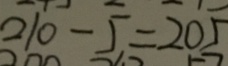
2 1 0 - 5 = 2 0 5